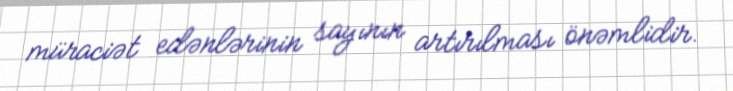
müraciət edənlərinin sayının artırılması önəmlidir.